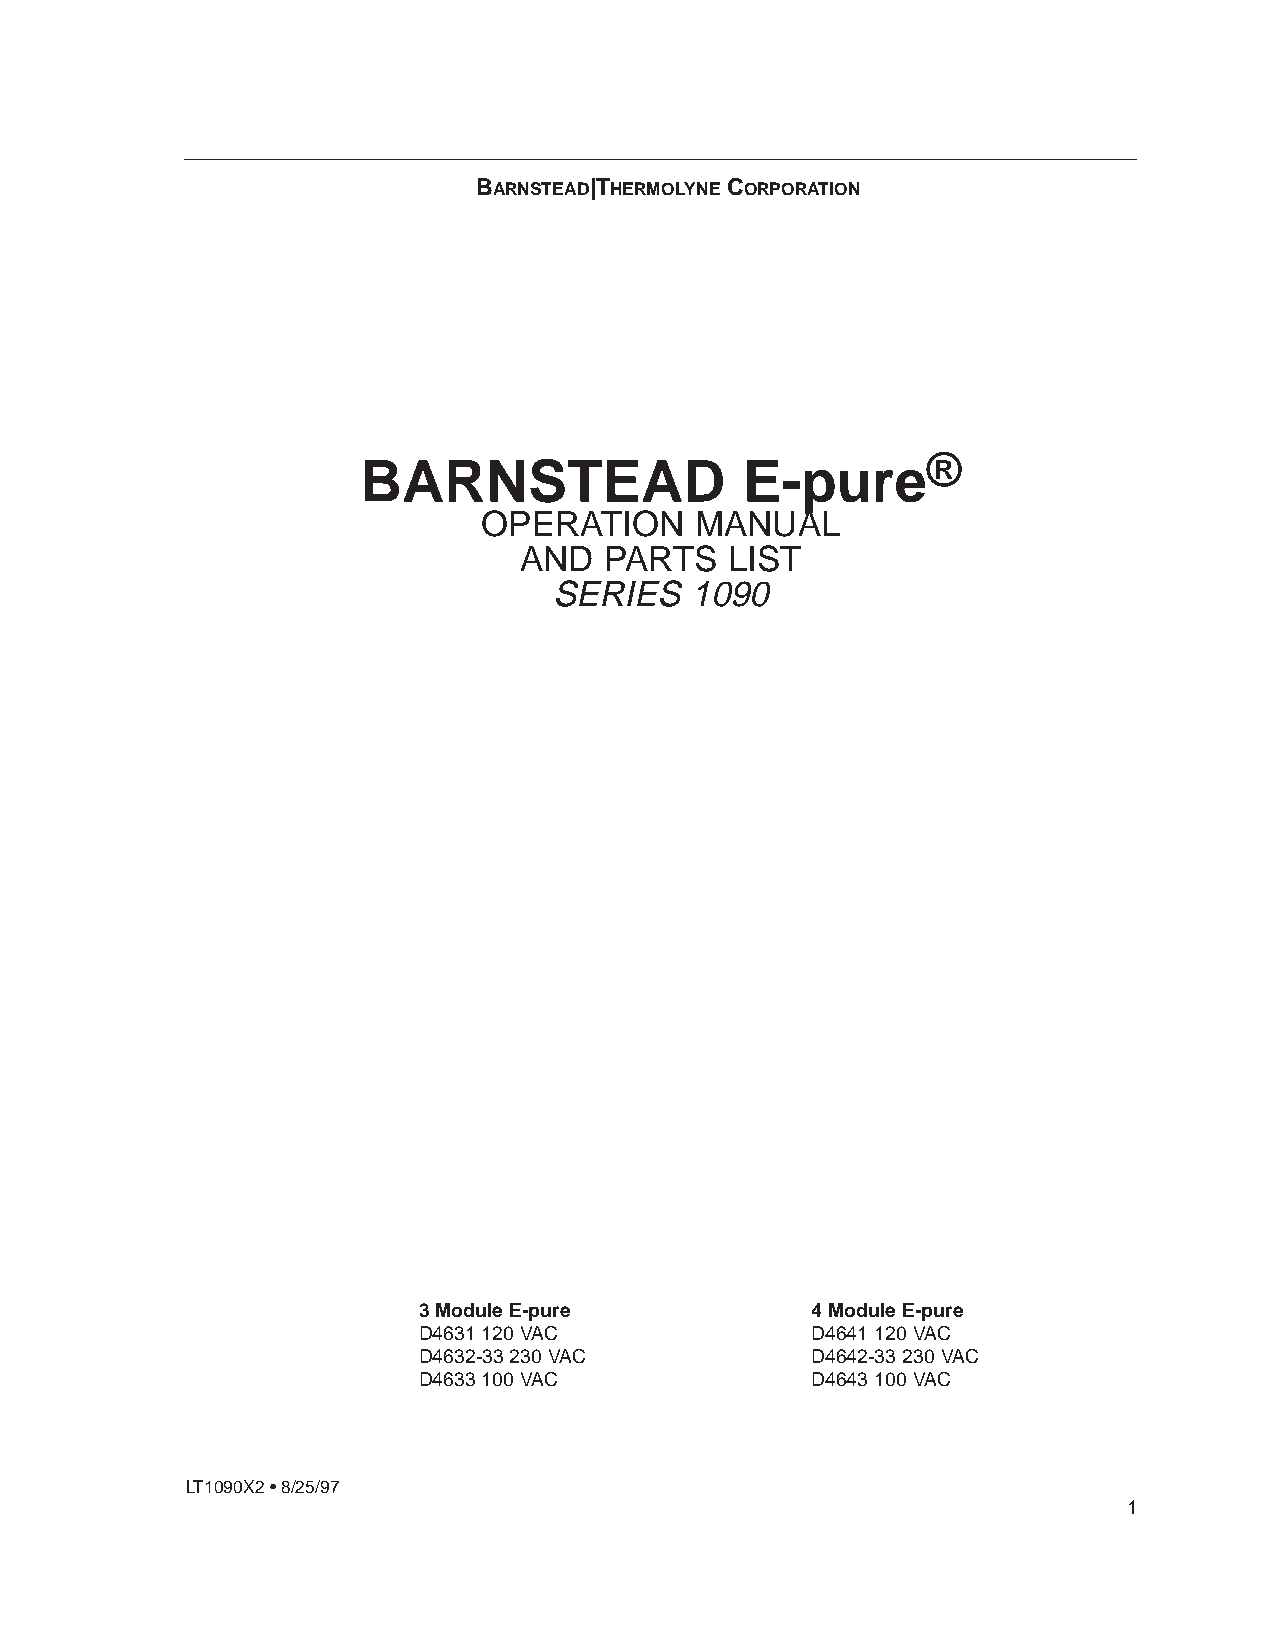
BARNSTEAD|THERMOLYNE CORPORATION
 BARNSTEAD                E-pure®
 OPERATION     MANUAL
 AND   PARTS   LIST
 SERIES    1090
 3 Module E-pure           4 Module E-pure
 D4631 120 VAC             D4641 120 VAC
 D4632-33 230 VAC          D4642-33 230 VAC
 D4633 100 VAC             D4643 100 VAC
 LT1090X2 • 8/25/97
 1